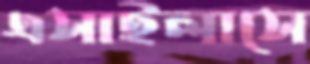
এসাইলাসে